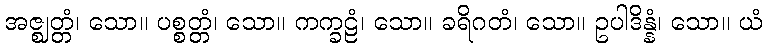
အဇ္ဈတ္တံ၊ သော။ ပစ္စတ္တံ၊ သော။ ကက္ခဠံ၊ သော။ ခရိဂတံ၊ သော။ ဥပါဒိန္နံ၊ သော။ ယံ